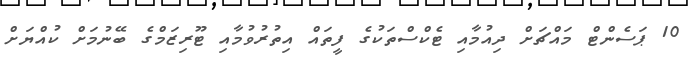
10 ޕަސެންޓް މައްޗަށް ދިއުމާއި ޓެކްސްތަކުގެ ފީތައް އިތުރުވުމާއި ޓޫރިޒަމްގެ ބޭނުމަށް ކުއްޔަށް